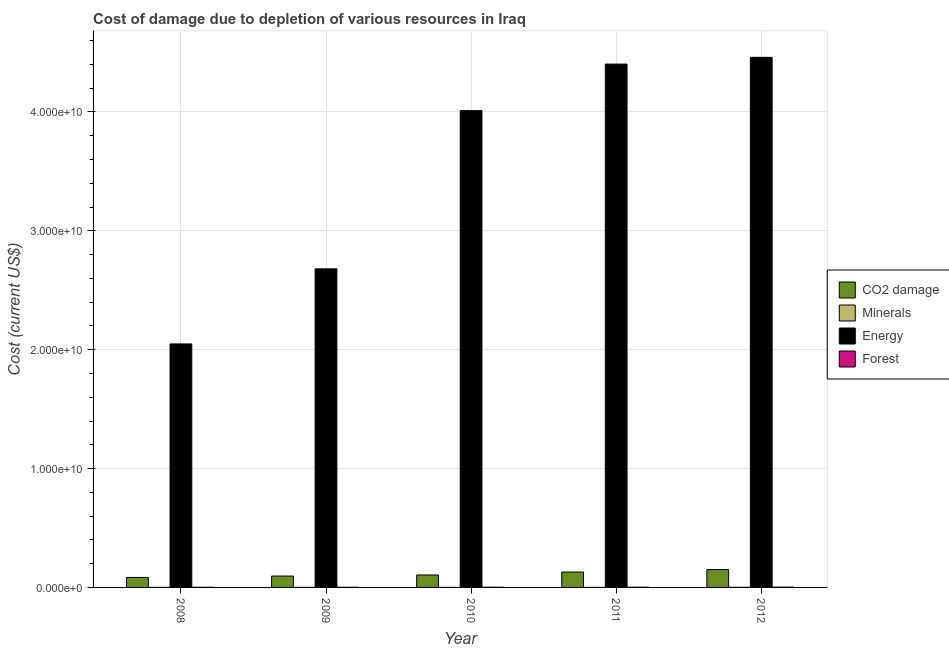
| Year | CO2 damage | Minerals | Energy | Forest |
 | --- | --- | --- | --- | --- |
 | 2008 | 8.41e+08 | 1.14e+06 | 2.05e+10 | 1.28e+07 |
 | 2009 | 9.58e+08 | 4.96e+05 | 2.68e+10 | 1.26e+07 |
 | 2010 | 1.05e+09 | 1.57e+05 | 4.01e+10 | 1.62e+07 |
 | 2011 | 1.3e+09 | 1.2e+06 | 4.4e+10 | 1.77e+07 |
 | 2012 | 1.5e+09 | 8.17e+06 | 4.46e+10 | 2.2e+07 |